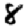
Digit: 8